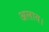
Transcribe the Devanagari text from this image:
अलाव।